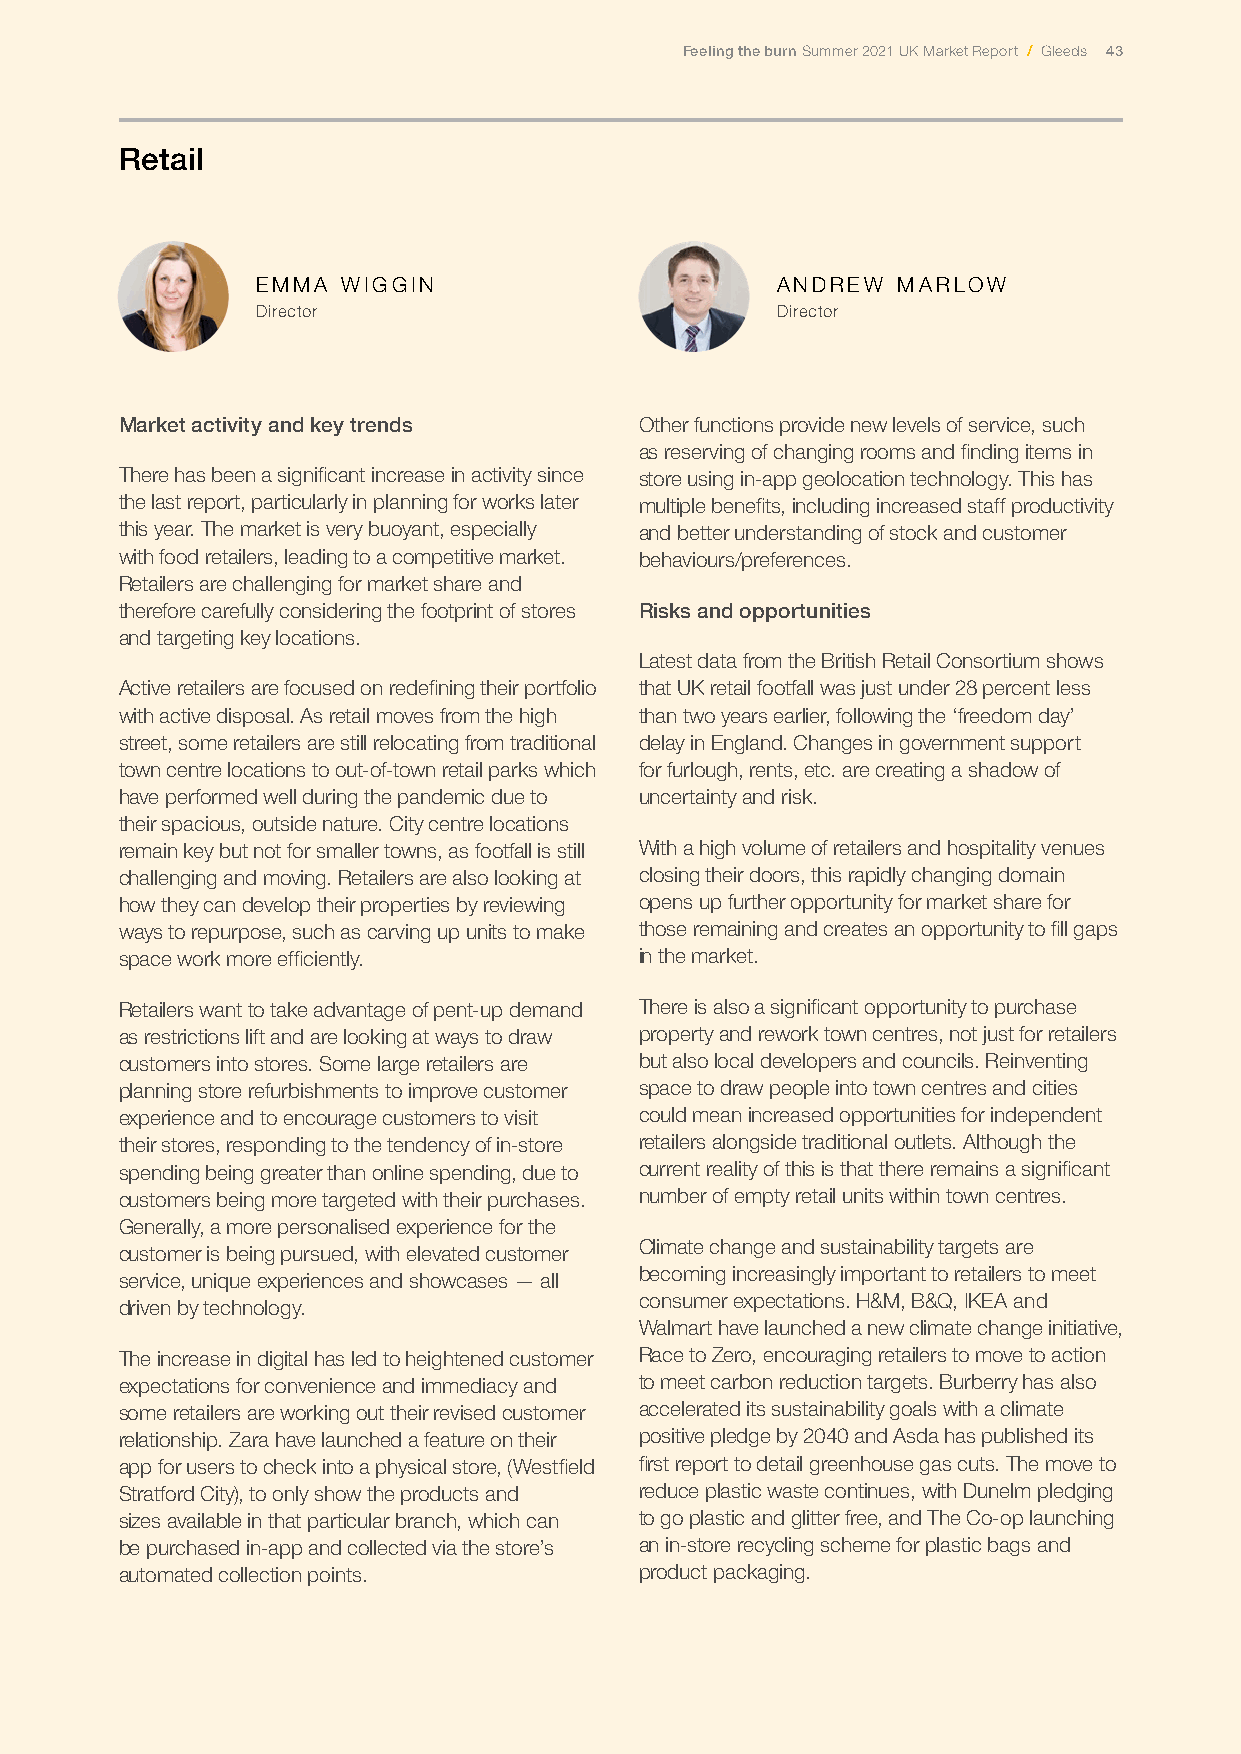
Feeling the burn Summer 2021 UK Market Report / Gleeds 43
 Retail
 EMMA  WIGGIN                      ANDREW  MARLOW
 Director                          Director
 Market activity and key trends    Other functions provide new levels of service, such
 as reserving of changing rooms and finding items in
 There has been a significant increase in activity since store using in-app geolocation technology. This has
 the last report, particularly in planning for works later multiple benefits, including increased staff productivity
 this year. The market is very buoyant, especially and better understanding of stock and customer
 with food retailers, leading to a competitive market. behaviours/preferences.
 Retailers are challenging for market share and
 therefore carefully considering the footprint of stores Risks and opportunities
 and targeting key locations.
 Latest data from the British Retail Consortium shows
 Active retailers are focused on redefining their portfolio that UK retail footfall was just under 28 percent less
 with active disposal. As retail moves from the high than two years earlier, following the ‘freedom day’
 street, some retailers are still relocating from traditional delay in England. Changes in government support
 town centre locations to out-of-town retail parks which for furlough, rents, etc. are creating a shadow of
 have performed well during the pandemic due to uncertainty and risk.
 their spacious, outside nature. City centre locations
 remain key but not for smaller towns, as footfall is still With a high volume of retailers and hospitality venues
 challenging and moving. Retailers are also looking at closing their doors, this rapidly changing domain
 how they can develop their properties by reviewing opens up further opportunity for market share for
 ways to repurpose, such as carving up units to make those remaining and creates an opportunity to fill gaps
 space work more efficiently.      in the market.
 Retailers want to take advantage of pent-up demand There is also a significant opportunity to purchase
 as restrictions lift and are looking at ways to draw property and rework town centres, not just for retailers
 customers into stores. Some large retailers are but also local developers and councils. Reinventing
 planning store refurbishments to improve customer space to draw people into town centres and cities
 experience and to encourage customers to visit could mean increased opportunities for independent
 their stores, responding to the tendency of in-store retailers alongside traditional outlets. Although the
 spending being greater than online spending, due to current reality of this is that there remains a significant
 customers being more targeted with their purchases. number of empty retail units within town centres.
 Generally, a more personalised experience for the
 Climate change and sustainability targets are
 customer is being pursued, with elevated customer
 becoming increasingly important to retailers to meet
 service, unique experiences and showcases — all
 consumer expectations. H&M, B&Q, IKEA and
 driven by technology.
 Walmart have launched a new climate change initiative,
 The increase in digital has led to heightened customer Race to Zero, encouraging retailers to move to action
 expectations for convenience and immediacy and to meet carbon reduction targets. Burberry has also
 some retailers are working out their revised customer accelerated its sustainability goals with a climate
 relationship. Zara have launched a feature on their positive pledge by 2040 and Asda has published its
 app for users to check into a physical store, (Westfield first report to detail greenhouse gas cuts. The move to
 Stratford City), to only show the products and reduce plastic waste continues, with Dunelm pledging
 sizes available in that particular branch, which can to go plastic and glitter free, and The Co-op launching
 be purchased in-app and collected via the store’s an in-store recycling scheme for plastic bags and
 automated collection points.      product packaging.